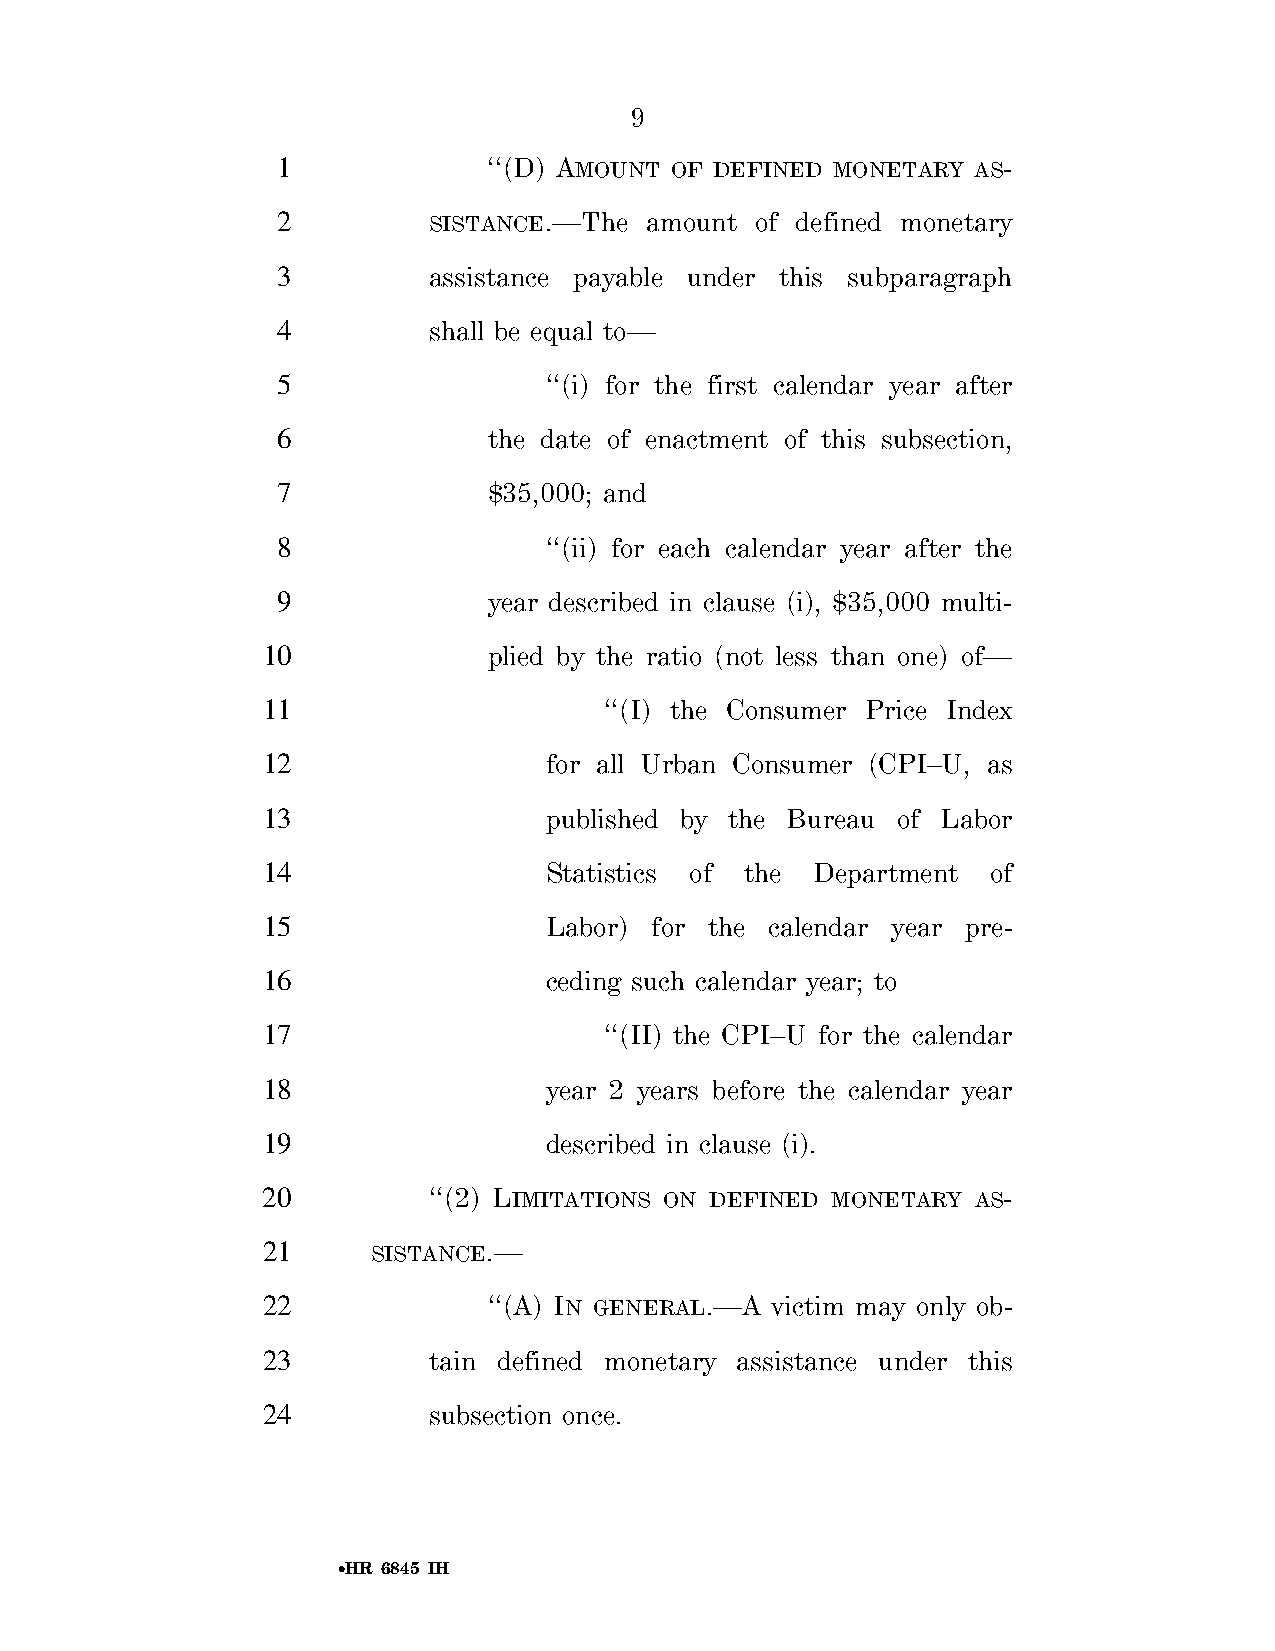
9
 1             ‘‘(D) AMOUNT OF DEFINED MONETARY AS-
 2         SISTANCE.—The  amount of defined monetary
 3         assistance payable under this subparagraph
 4         shall be equal to—
 5                 ‘‘(i) for the first calendar year after
 6             the date of enactment of this subsection,
 7             $35,000; and
 8                 ‘‘(ii) for each calendar year after the
 9             year described in clause (i), $35,000 multi-
 10             plied by the ratio (not less than one) of—
 11                     ‘‘(I) the Consumer Price Index
 12                 for all Urban Consumer (CPI–U, as
 13                 published by the Bureau of Labor
 14                 Statistics of the Department  of
 15                 Labor) for the calendar year pre-
 16                 ceding such calendar year; to
 17                     ‘‘(II) the CPI–U for the calendar
 18                 year 2 years before the calendar year
 19                 described in clause (i).
 20         ‘‘(2) LIMITATIONS ON DEFINED MONETARY AS-
 21      SISTANCE.—
 22             ‘‘(A) IN GENERAL.—A victim may only ob-
 23         tain defined monetary assistance under this
 24         subsection once.
 •HR 6845 IH
 VerDate Sep 11 2014 01:37 Sep 22, 2018 Jkt 079200 PO 00000 Frm 00009 Fmt 6652 Sfmt 6201 E:\BILLS\H6845.IH H6845
 SLLIB
 htiw
 DORP280QLG3KSD
 no
 llihld